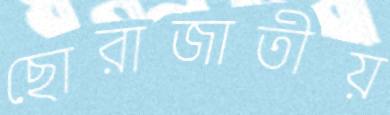
ছোরাজাতীয়